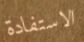
الاستفادة